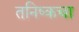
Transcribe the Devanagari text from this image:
तनिष्कचा